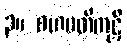
၃။ ဂဟပတိကုဋိ